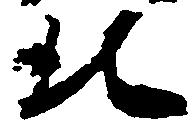
北